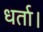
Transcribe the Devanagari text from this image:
धर्ता।